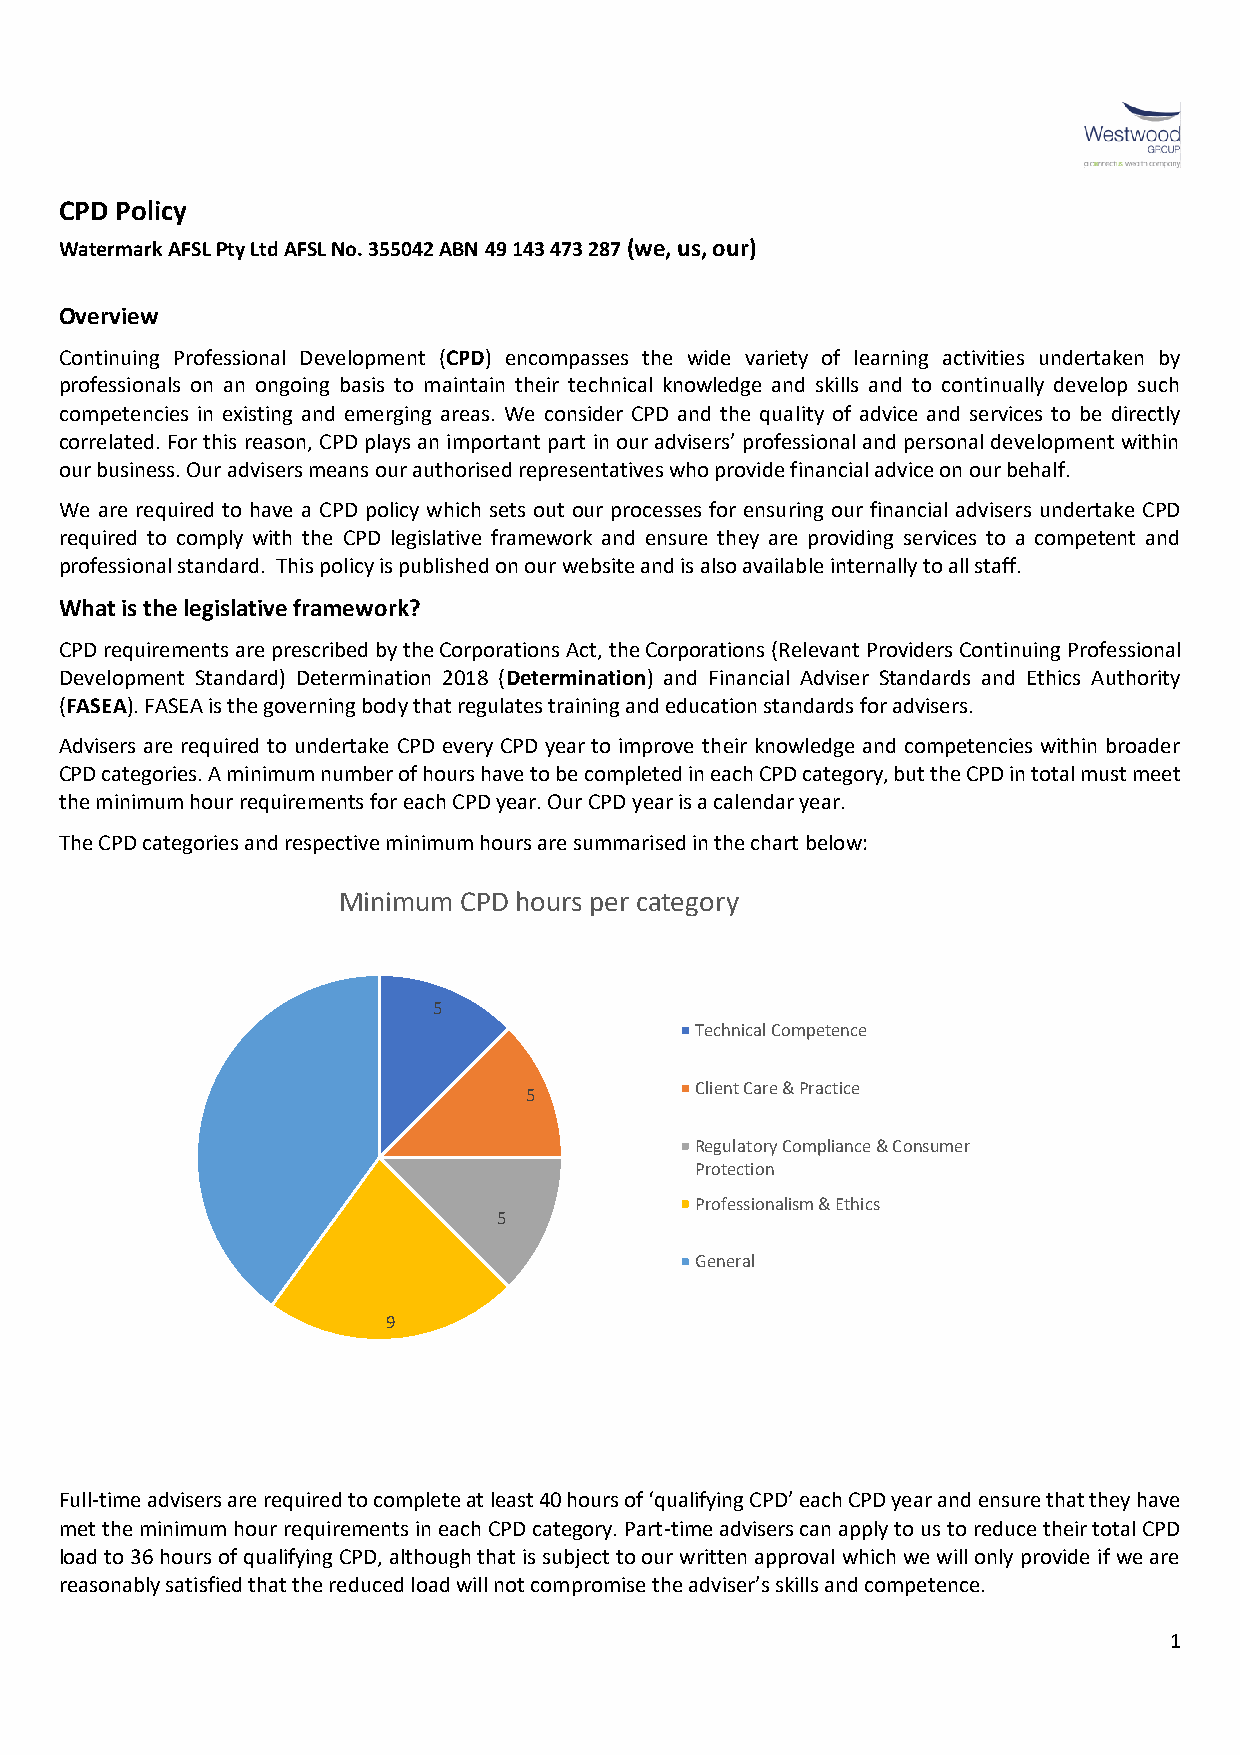
CPD Policy
 Watermark AFSL Pty Ltd AFSL No. 355042 ABN 49 143 473 287 (we, us, our)
 Overview
 Continuing Professional Development (CPD) encompasses the wide variety of learning activities undertaken by
 professionals on an ongoing basis to maintain their technical knowledge and skills and to continually develop such
 competencies in existing and emerging areas. We consider CPD and the quality of advice and services to be directly
 correlated. For this reason, CPD plays an important part in our advisers’ professional and personal development within
 our business. Our advisers means our authorised representatives who provide financial advice on our behalf.
 We are required to have a CPD policy which sets out our processes for ensuring our financial advisers undertake CPD
 required to comply with the CPD legislative framework and ensure they are providing services to a competent and
 professional standard. This policy is published on our website and is also available internally to all staff.
 What is the legislative framework?
 CPD requirements are prescribed by the Corporations Act, the Corporations (Relevant Providers Continuing Professional
 Development Standard) Determination 2018 (Determination) and Financial Adviser Standards and Ethics Authority
 (FASEA). FASEA is the governing body that regulates training and education standards for advisers.
 Advisers are required to undertake CPD every CPD year to improve their knowledge and competencies within broader
 CPD categories. A minimum number of hours have to be completed in each CPD category, but the CPD in total must meet
 the minimum hour requirements for each CPD year. Our CPD year is a calendar year.
 The CPD categories and respective minimum hours are summarised in the chart below:
 Minimum  CPD hours per category
 5
 Technical Competence
 Client Care & Practice
 5
 Regulatory Compliance & Consumer
 Protection
 Professionalism & Ethics
 5
 General
 9
 Full-time advisers are required to complete at least 40 hours of ‘qualifying CPD’ each CPD year and ensure that they have
 met the minimum hour requirements in each CPD category. Part-time advisers can apply to us to reduce their total CPD
 load to 36 hours of qualifying CPD, although that is subject to our written approval which we will only provide if we are
 reasonably satisfied that the reduced load will not compromise the adviser’s skills and competence.
 1